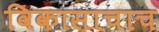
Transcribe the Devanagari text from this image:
विकासाचाच